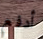
أدفع